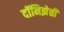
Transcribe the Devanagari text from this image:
दॉनिझेत्ती